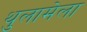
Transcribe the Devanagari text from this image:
थुलामेला